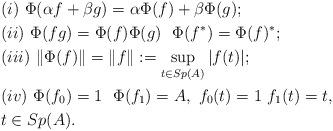
LaTeX: \begin{align*}&(i)~\Phi(\alpha f+\beta g)=\alpha\Phi(f)+\beta\Phi(g);\\&(ii)~\Phi(fg)=\Phi(f)\Phi(g)~~\Phi(f^*)=\Phi(f)^*;\\&(iii)~\|\Phi(f)\|=\|f\|:=\sup_{t\in Sp(A)} |f(t)|;\\&(iv)~\Phi(f_0)=1 ~~ \Phi(f_1)=A,~ f_0(t)=1~ f_1(t)=t, ~\\&t\in Sp(A).\end{align*}